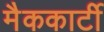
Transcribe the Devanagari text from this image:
मैककार्टी